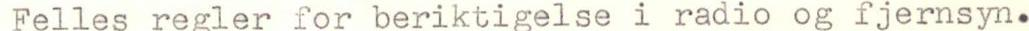
Felles regler for beriktigelse i radio og fjernsyn.